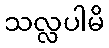
သလ္လပါမိ